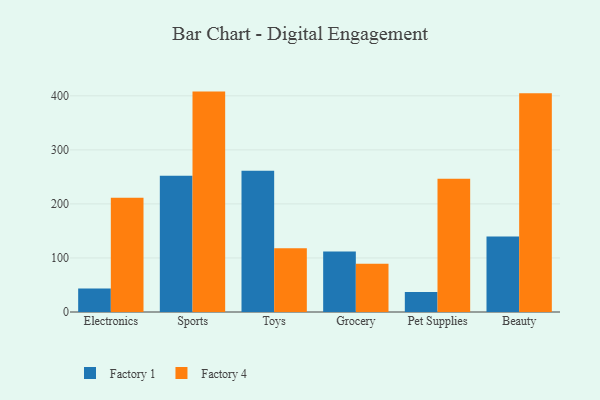
{"axis": {"x": "Category", "y": "Latency (ms)"}, "legend": ["Factory 1", "Factory 4"], "data": [{"x": "Electronics", "y": 43.4, "type": "Factory 1"}, {"x": "Electronics", "y": 211.2, "type": "Factory 4"}, {"x": "Sports", "y": 252.3, "type": "Factory 1"}, {"x": "Sports", "y": 407.8, "type": "Factory 4"}, {"x": "Toys", "y": 261.5, "type": "Factory 1"}, {"x": "Toys", "y": 117.8, "type": "Factory 4"}, {"x": "Grocery", "y": 111.8, "type": "Factory 1"}, {"x": "Grocery", "y": 89.4, "type": "Factory 4"}, {"x": "Pet Supplies", "y": 37.0, "type": "Factory 1"}, {"x": "Pet Supplies", "y": 246.5, "type": "Factory 4"}, {"x": "Beauty", "y": 139.5, "type": "Factory 1"}, {"x": "Beauty", "y": 404.8, "type": "Factory 4"}]}